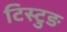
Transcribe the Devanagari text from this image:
टिस्टुङ